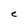
Character: e